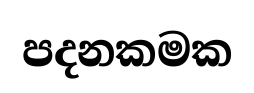
පදනකමක